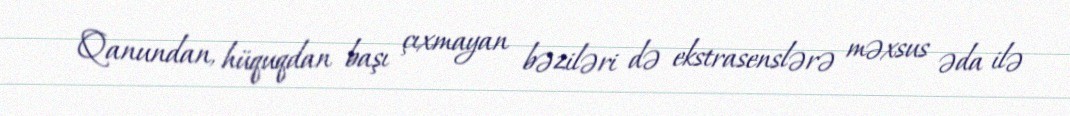
Qanundan, hüquqdan başı çıxmayan bəziləri də ekstrasenslərə məxsus əda ilə